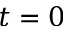
t = 0